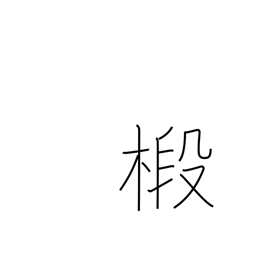
Meaning: fir